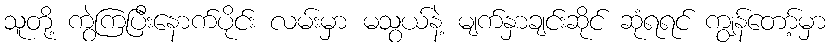
သူတို့ ကွဲကြပြီးနောက်ပိုင်း လမ်းမှာ မသွယ်နဲ့ မျက်နှာချင်းဆိုင် ဆုံရရင် ကျွန်တော့်မှာ